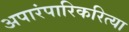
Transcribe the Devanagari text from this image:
अपारंपारिकरित्या